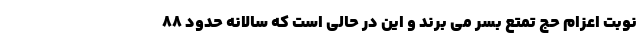
نوبت اعزام حج تمتع بسر می برند و این در حالی است که سالانه حدود ۸۸